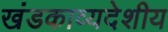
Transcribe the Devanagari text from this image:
खंडकाव्यदेशीय